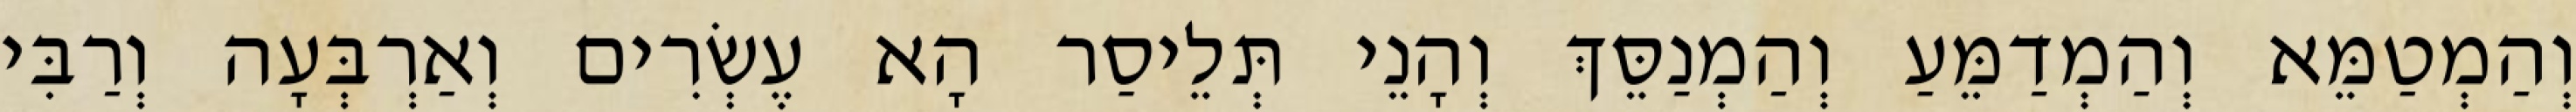
וְהַמְטַמֵּא וְהַמְדַמֵּעַ וְהַמְנַסֵּךְ וְהָנֵי תְּלֵיסַר הָא עֶשְׂרִים וְאַרְבְּעָה וְרַבִּי